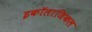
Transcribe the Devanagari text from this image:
इकॉलाजिकल